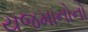
યજમાનોનો